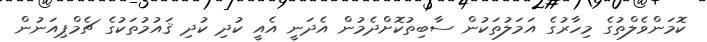
ކޮމަންވެލްތުގެ މިހާރުގެ އަމަލުތަކުން ސާބިތުކޮށްދެމުން އެދަނީ އެއީ ކުދި ކުދި ޤައުމުތަކުގެ ޗެމްޕިއަނުން